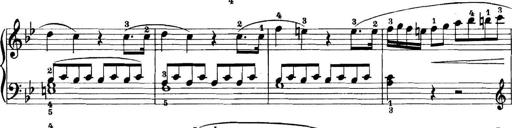
Title: 11 Sonatinas
Composer: Anton Diabelli